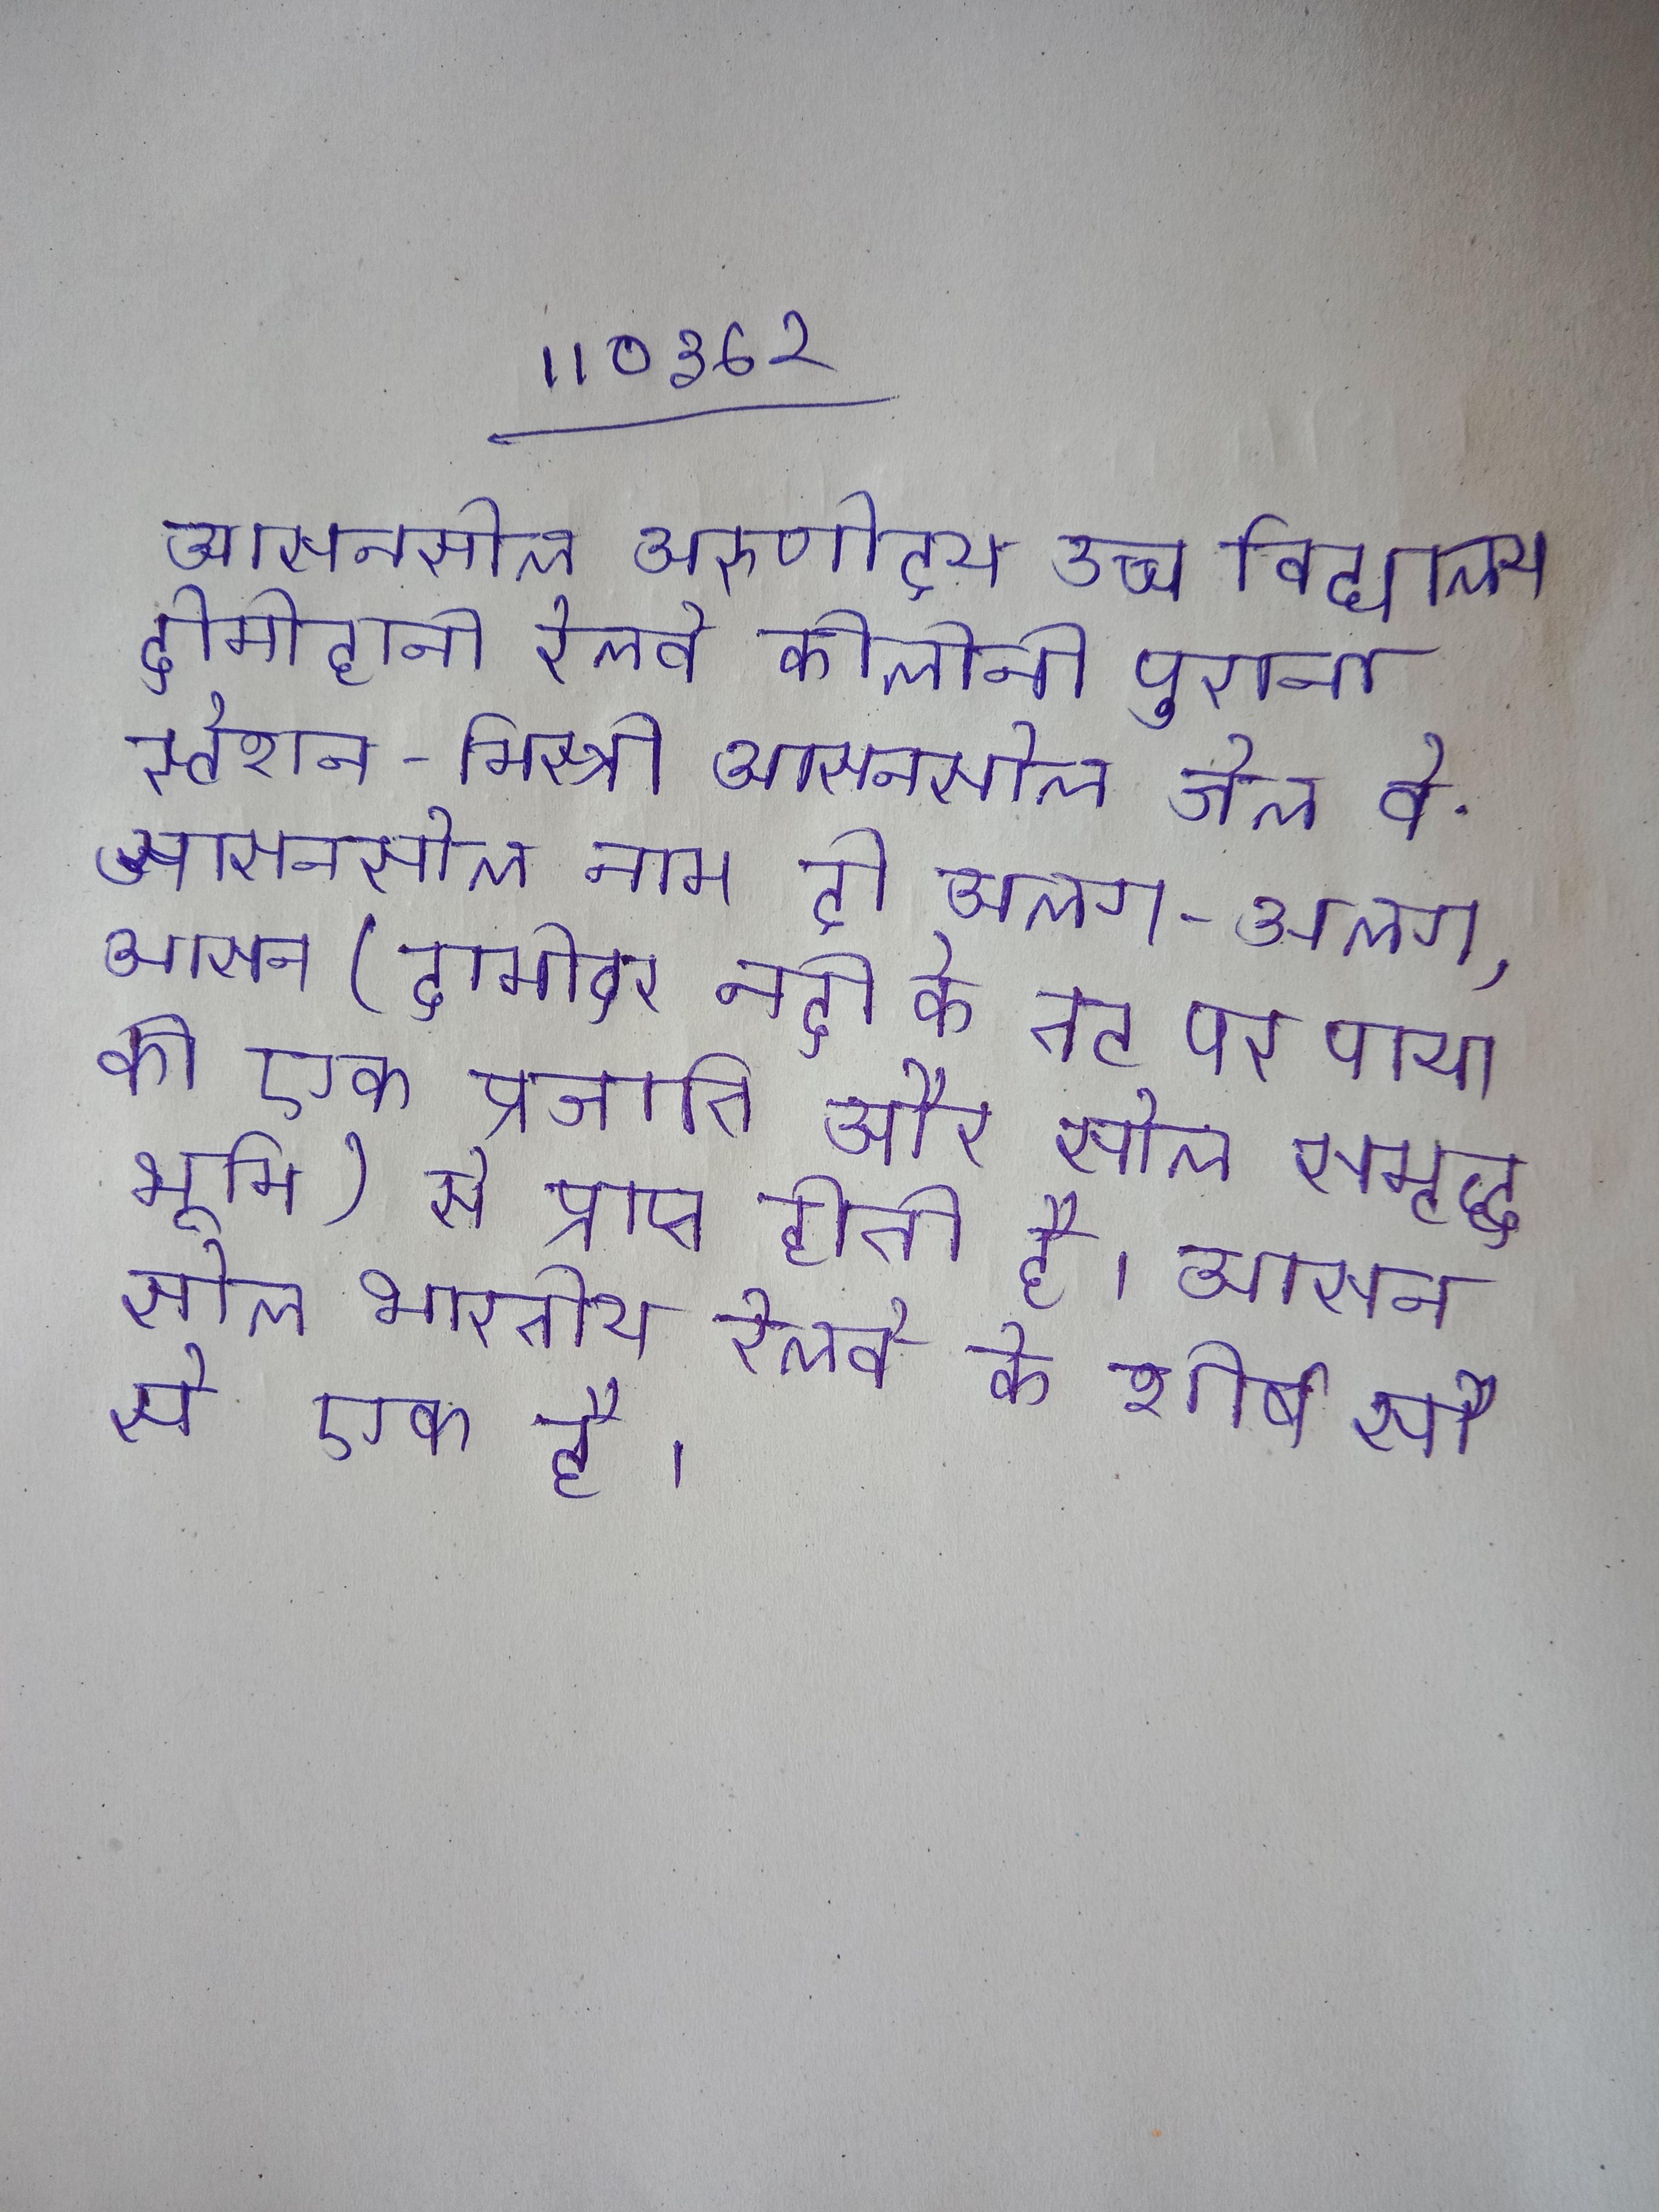
आसनसोल अरुणोदय उच्च विद्यालय दोमोहानी रेलवे कोलोनी पुराना स्टेशन- मिस्त्री आसनसोल जेल वे . आसनसोल नाम दो अलग-अलग, आसन (दामोदर नदी के तट पर पाया की एक प्रजाति) और सोल समृद्ध भूमि) से प्राप्त होती है । आसनसोल भारतीय रेलवे के शीर्ष सौ से एक है ।